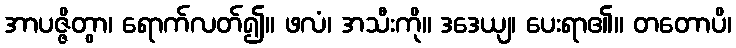
အာပဇ္ဇိတွာ၊ ရောက်လတ်၍။ ဖလံ၊ အသီးကို။ ဒဒေယျ၊ ပေးရာ၏။ တတောပိ၊